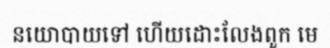
នយោបាយទៅ ហើយដោះលែងពួក មេ